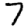
Digit: 7